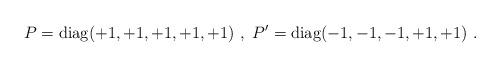
LaTeX: \begin{align*}P={\rm diag}(+1, +1, +1, +1, +1)~,~P'={\rm diag}(-1, -1, -1, +1, +1) ~.~\,\end{align*}